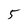
Character: 5